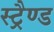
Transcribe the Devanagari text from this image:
स्ट्रैण्ड